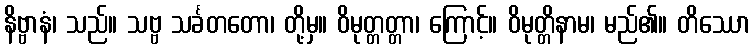
နိဗ္ဗာနံ၊ သည်။ သဗ္ဗ သင်္ခတတော၊ တို့မှ။ ဝိမုတ္တတ္တာ၊ ကြောင့်။ ဝိမုတ္တိနာမ၊ မည်၏။ တိဿော